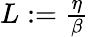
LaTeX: \begin{array}{r}{L:=\frac{\eta}{\beta}}\end{array}